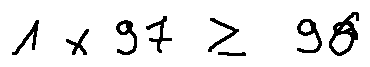
1 \times 9 7 \geq 9 6